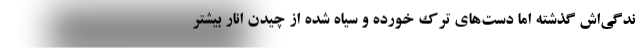
ندگی‌اش گذشته اما دست‌های ترک خورده و سیاه شده از چیدن انار بیشتر